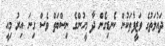
ދައުލަތުގެ ވަޒީފާތަކުން ކެނޑިގެން ދާ މީހުންގެ ނިސްބަތް ވެސް ގިނަ އިރު މިއީ